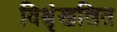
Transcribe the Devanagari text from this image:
विश्रृंखलित